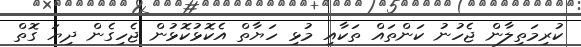
ކުރިމަތިލާން ޖެހުނު ކަންތައް ތަކާއި މުޅި ހަޔާތް އެކޮޅުކޮޅުން ޖެހިގެން ދިޔަ ގޮތް